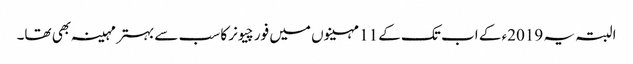
البتہ یہ 2019ء کے اب تک کے 11 مہینوں میں فورچیونر کا سب سے بہتر مہینہ بھی تھا۔